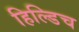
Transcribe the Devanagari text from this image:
हिल्डिच